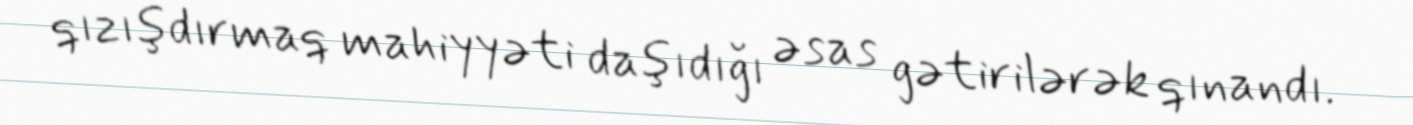
qızışdırmaq mahiyyəti daşıdığı əsas gətirilərək qınandı.